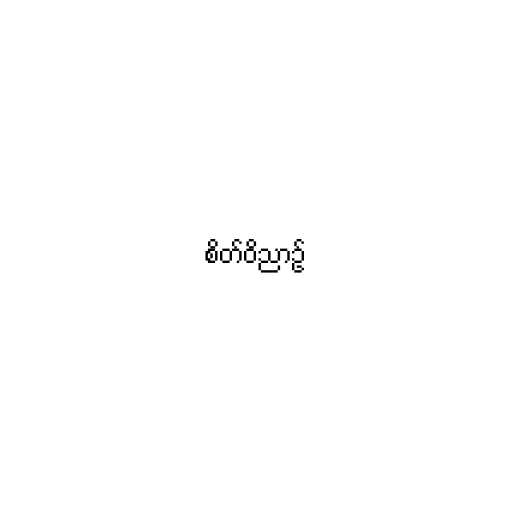
စိတ်ဝိညာဉ်